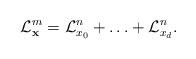
LaTeX: \begin{align*} {\cal L} ^{m}_{\bf x} = {\cal L} ^n_{x_0} + \ldots + {\cal L} ^n_{x_d} .\end{align*}